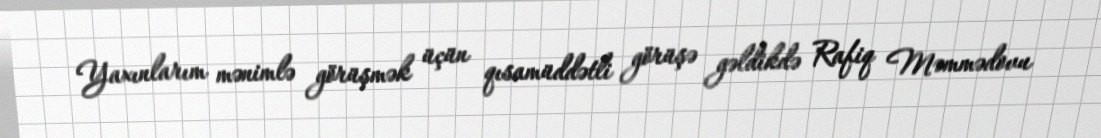
Yaxınlarım mənimlə görüşmək üçün qısamüddətli görüşə gəldikdə Rafiq Məmmədovu